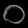
Digit: ၀